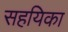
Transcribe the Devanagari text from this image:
सहयिका